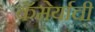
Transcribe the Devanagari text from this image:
कॅमेर्याची